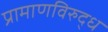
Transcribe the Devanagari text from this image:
प्रामाणविरुद्ध